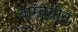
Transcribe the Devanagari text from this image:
बाम्बेग्रीन